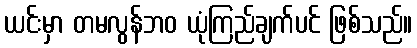
ယင်းမှာ တမလွန်ဘဝ ယုံကြည်ချက်ပင် ဖြစ်သည်။